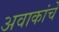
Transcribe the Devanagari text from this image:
अवाकांचे